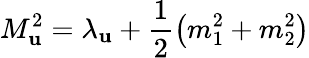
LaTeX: M_{\mathbf{u}}^{2}=\lambda_{\mathbf{u}}+\frac{{1}}{{2}}\left(m_{1}^{2}+m_{2}^{2}\right)